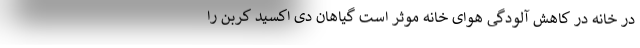
در خانه در کاهش آلودگی هوای خانه موثر است گیاهان دی اکسید کربن را